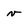
Character: v